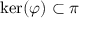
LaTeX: \ker ( \varphi ) \subset \pi